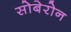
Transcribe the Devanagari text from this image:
सोबेरोन